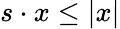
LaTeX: s\cdot x\leq|x|